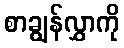
စာချွန်လွှာကို